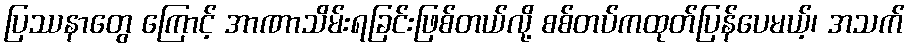
ပြဿနာတွေ ကြောင့် အာဏာသိမ်းရခြင်းဖြစ်တယ်လို့ စစ်တပ်ကထုတ်ပြန်ပေမယ့်၊ အသက်